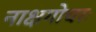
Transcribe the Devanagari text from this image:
नाक्षगोचरः